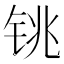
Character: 铫